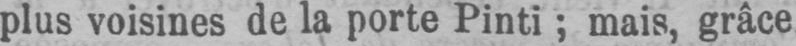
plus voisines de la porte Pinti; mais, grâce